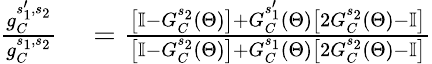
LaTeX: \begin{array}{rl}{\frac{g_{C}^{s_{1}^{\prime},s_{2}}}{g_{C}^{s_{1},s_{2}}}}&{{}=\frac{\left[\mathbb{I}-G_{C}^{s_{2}}(\Theta)\right]+G_{C}^{s_{1}^{\prime}}(\Theta)\left[2G_{C}^{s_{2}}(\Theta)-\mathbb{I}\right]}{\left[\mathbb{I}-G_{C}^{s_{2}}(\Theta)\right]+G_{C}^{s_{1}}(\Theta)\left[2G_{C}^{s_{2}}(\Theta)-\mathbb{I}\right]}}\end{array}